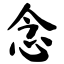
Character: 念